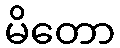
မိတော